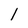
Character: 1